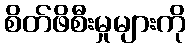
စိတ်ဖိစီးမှုများကို